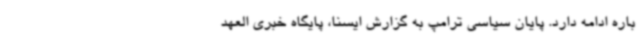
باره ادامه دارد. پایان سیاسی ترامپ به گزارش ایسنا، پایگاه خبری العهد